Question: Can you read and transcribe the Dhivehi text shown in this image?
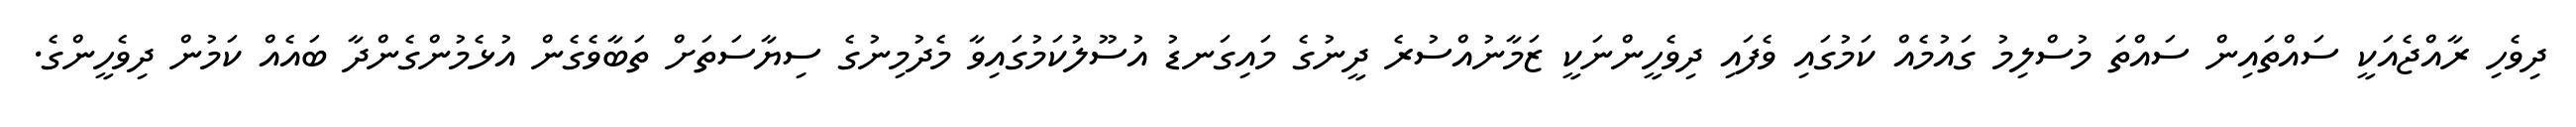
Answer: ދިވެހި ރާއްޖެއަކީ ސައްތައިން ސައްތަ މުސްލިމު ގައުމެއް ކަމުގައި ވެފައި ދިވެހީންނަކީ ޒަމާނުއްސުރެ ދީނުގެ މައިގަނޑު އުސޫލުކަމުގައިވާ މެދުމިނުގެ ސިޔާސަތަށް ތަބާވެގެން އުޅެމުންގެންދާ ބައެއް ކަމުން ދިވެހީންގެ.